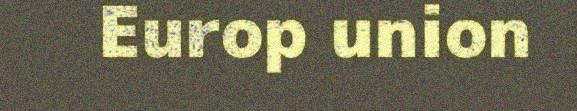
Europ union